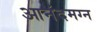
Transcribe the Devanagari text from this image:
आनंदमग्न